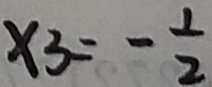
x _ { 3 } = - \frac { 1 } { 2 }